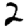
Digit: 2